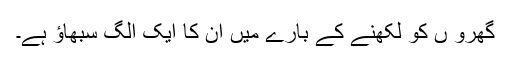
گھرو ں کو لکھنے کے بارے میں ان کا ایک الگ سبھاؤ ہے۔